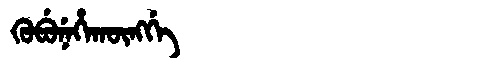
Manchu: ᡴᡠᠪᡠᠨᡝᡥᠠᡴᡡᠩᡤᡝ
Romanization: KUBUNEHAKŪNGGE